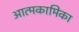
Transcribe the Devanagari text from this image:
आत्मकामिका